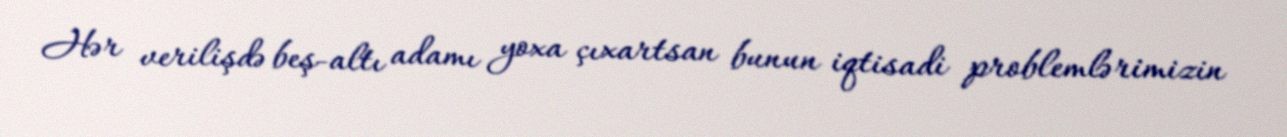
Hər verilişdə beş-altı adamı yoxa çıxartsan bunun iqtisadi problemlərimizin